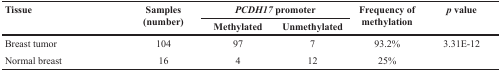
<table><thead><tr><td rowspan="2"><b>Tissue</b></td><td rowspan="2"><b>Samples (number)</b></td><td colspan="2"><b><i>PCDH17</i> promoter</b></td><td rowspan="2"><b>Frequency of methylation</b></td><td rowspan="2"><b><i>p</i> value</b></td></tr><tr><td><b>Methylated</b></td><td><b>Unmethylated</b></td></tr></thead><tbody><tr><td>Breast tumor</td><td>104</td><td>97</td><td>7</td><td>93.2%</td><td>3.31E-12</td></tr><tr><td>Normal breast</td><td>16</td><td>4</td><td>12</td><td>25%</td><td></td></tr></tbody></table>